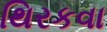
થિરકવા